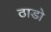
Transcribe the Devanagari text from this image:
ठाडो